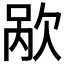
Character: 𬅥